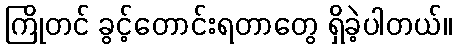
ကြိုတင် ခွင့်တောင်းရတာတွေ ရှိခဲ့ပါတယ်။